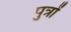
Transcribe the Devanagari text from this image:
पु़त्रों